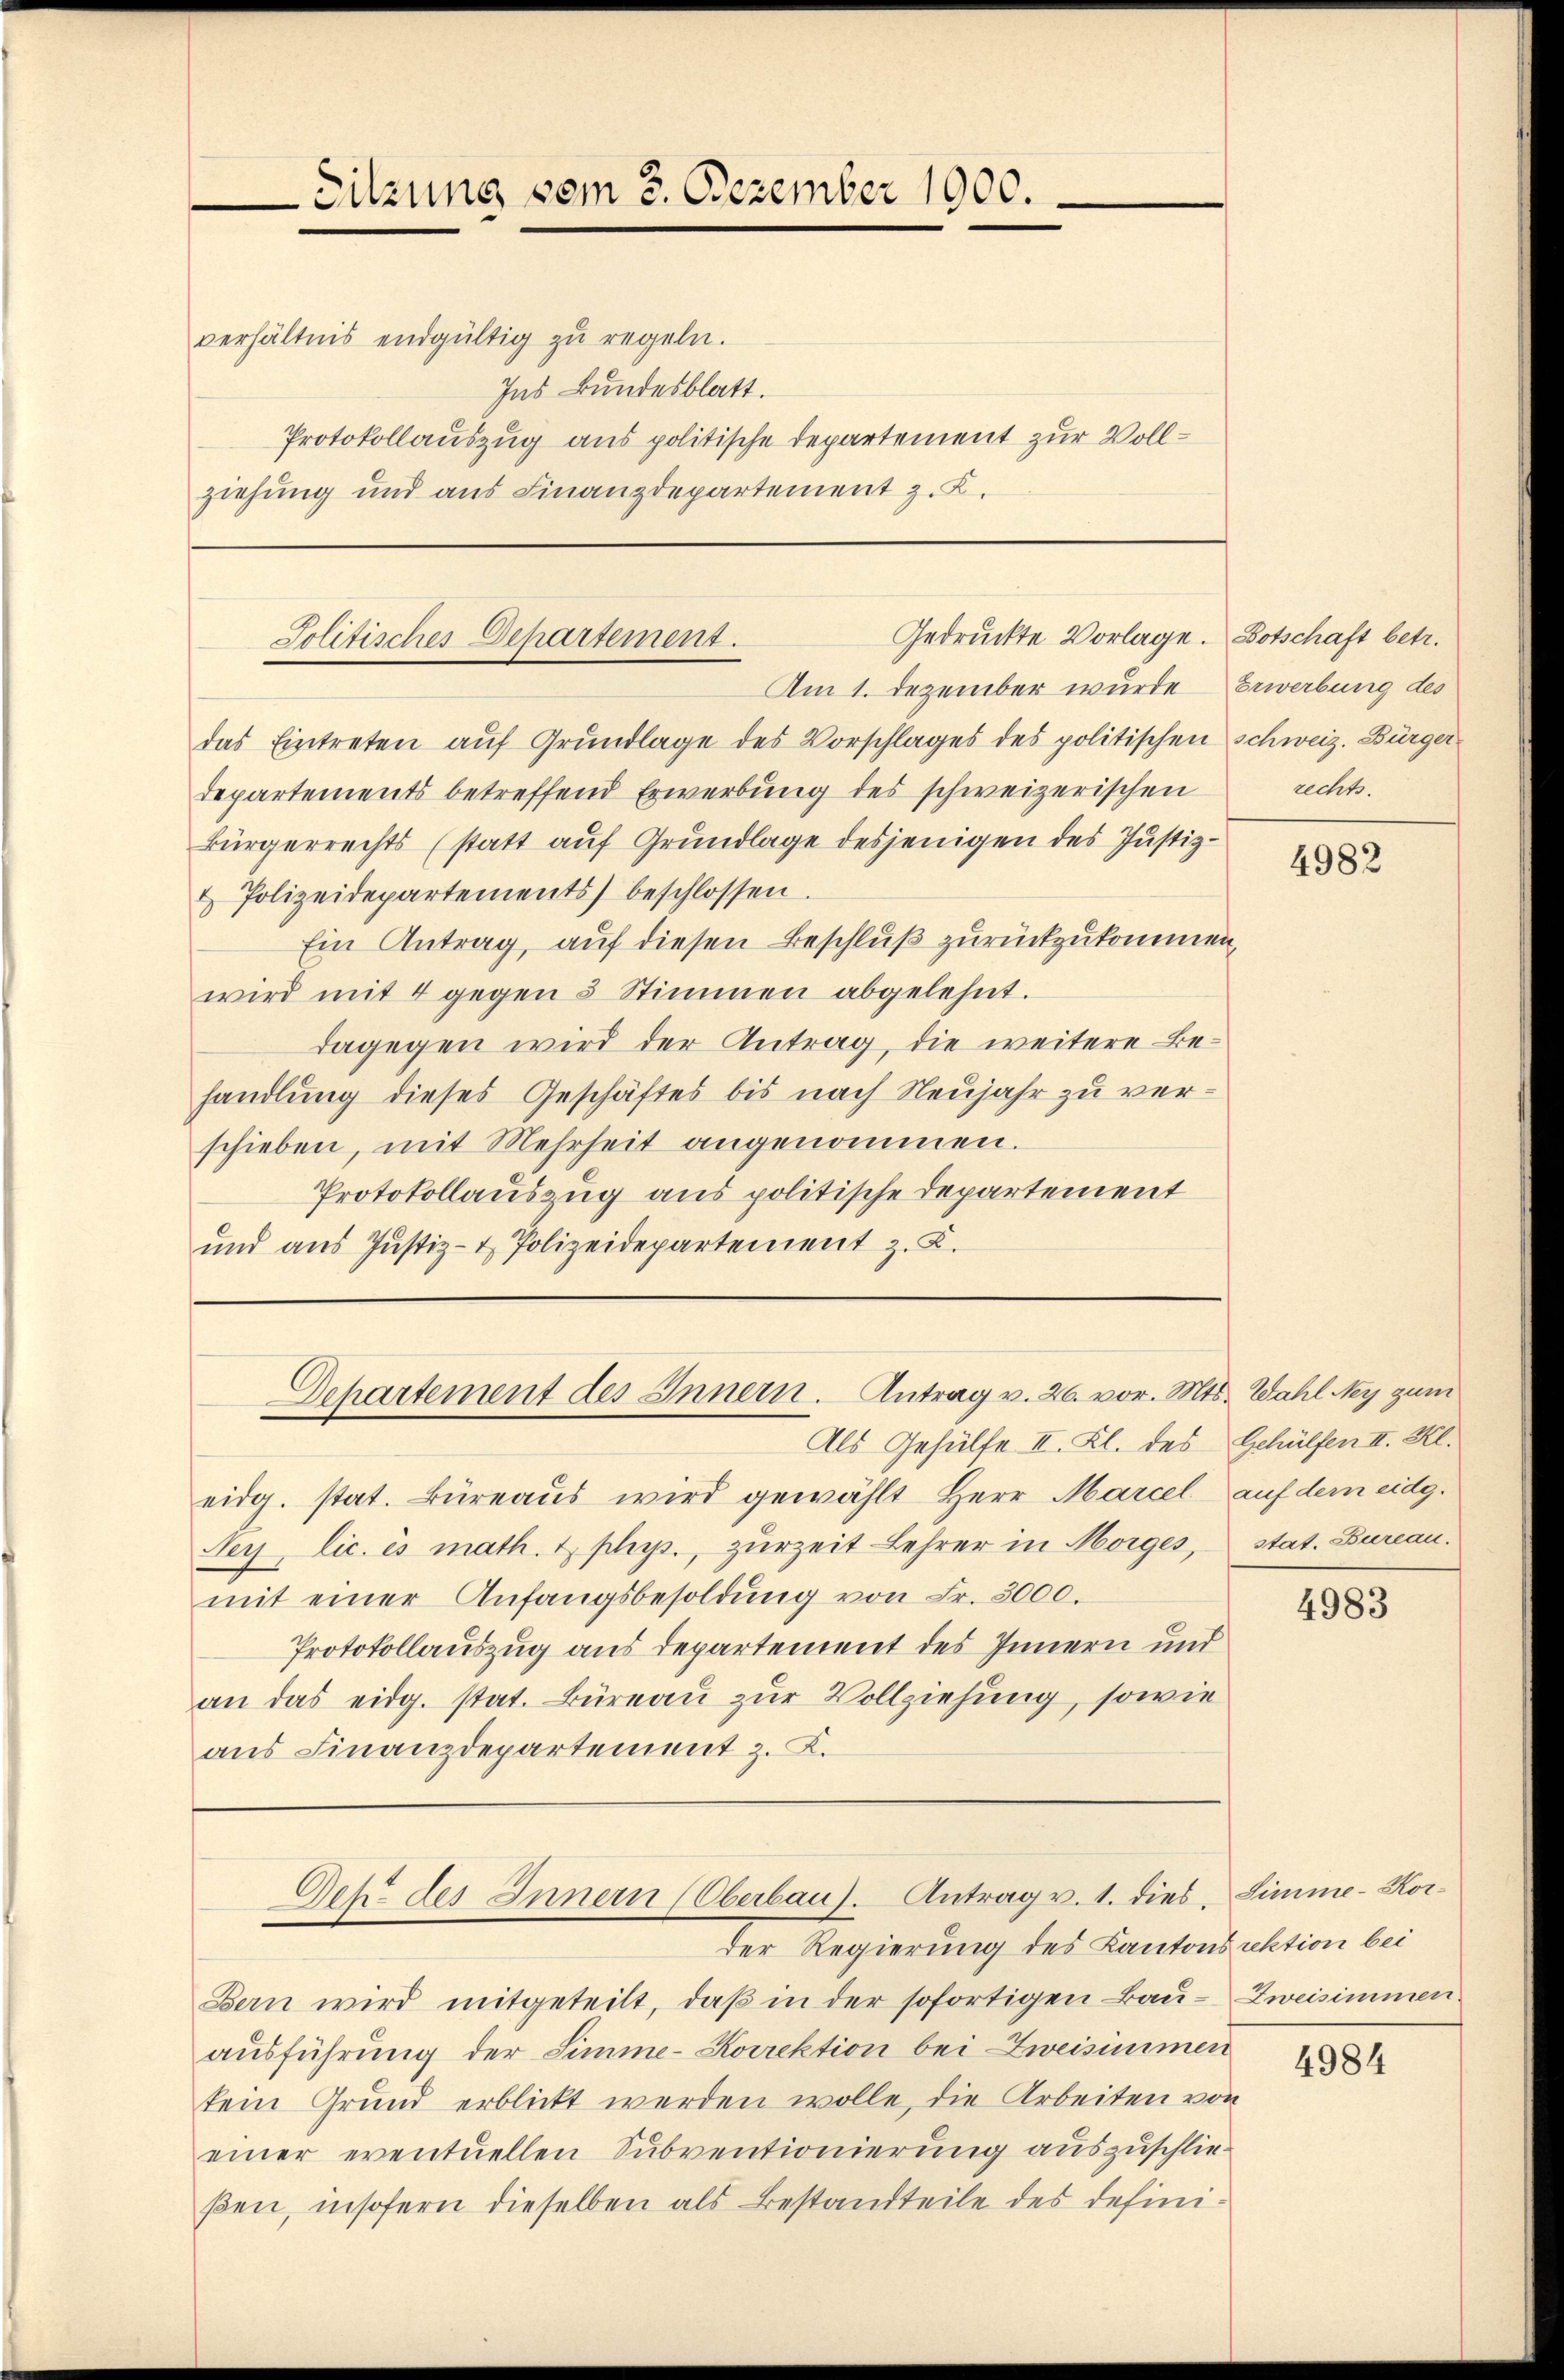
Sitzung vom 3. Dezember 1900.
verhältnis endgültig zu regeln.
Ins Bundesblatt.
Protokollauszug aus politische Departement zur Vollziehung und aus Finanzdepartement z. K.

Gedruckte Vorlage.
Solitisches Departement.

das Eintreten auf Grundlage des Vorschlages des politischen Schweiz. Bürger
Departements betreffend Erwerbung des schweizerischen
Bürgerrechts (statt auf Grundlage desjenigen des Justiz-
& Polizeidepartements) beschlossen.
Ein Antrag, auf diesen Beschluß zurückzukommen,
wird mit 4 gegen 5 Stimmen abgelehnt.
dagegen wird der Antrag, die weitere Behandlung dieses Geschäftes bis nach Neujahr zu verschieben, mit Mehrheit angenommen.
Protokollauszug aus politische Departement
und aŭs Jŭstiz- & Polizeidepartement z. B.

Dehartement des Innern. Antrag v. 26. vor. Mts. Wahl Ney gum

Am 1. Dezember wurde Erwerbung des

Als Gehülfe II. Kl. des Schülfen II. Kl.
eidg. stat. Büreaŭs wird gewählt Herr Marcel auf dem eidg.
Sey, lic. és math. & phys., zurzeit Lehrer in Morges, stat. Bureau.
mit einer Anfangsbesoldŭng von Fr. 3000.
Protokollauszug aus Departement des Innern und
an das eidg. stat. Büreau zur Vollziehung, sowie
aus Finanzdepartement z. B.

Gek. des Innern (Oberbaus. Antrag v. 1. dies, Simme-Kor¬

der Regierung des Kantonsaktion bei
Bern wird mitgeteilt, daß in der sofortigen Bau-Zweisimmen.
ausführung der Simme-Korrektion bei Zweisimmen
kein Grund erblickt werden wolle, die Arbeiten von
einer eventuellen Subventionierung auszuschließen, insofern dieselben als Bestandteile des defini¬

Botschaft betr.
rechts.

4982

4983

4984